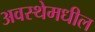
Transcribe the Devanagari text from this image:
अवस्थेमधील